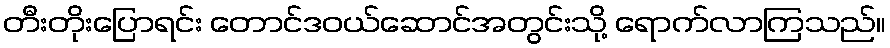
တီးတိုးပြောရင်း တောင်ဒဝယ်ဆောင်အတွင်းသို့ ရောက်လာကြသည်။